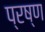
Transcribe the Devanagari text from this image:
प्रष्ण